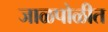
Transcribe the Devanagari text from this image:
जाळपोळीत